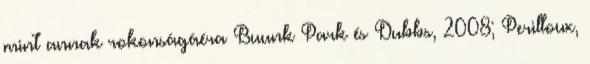
mint annak rokonságáéra Buunk Park és Dubbs, 2008; Perilloux,